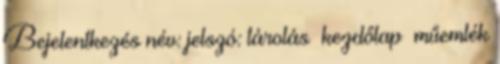
Bejelentkezés név: jelszó: tárolás kezdőlap műemlék